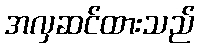
အလှဆင်ထားသည်